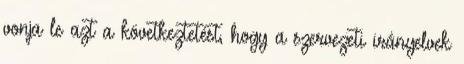
vonja le azt a következtetést, hogy a szervezeti irányelvek